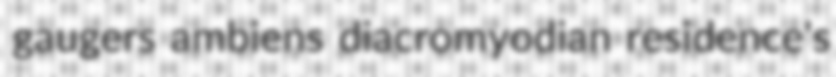
gaugers ambiens diacromyodian residence's